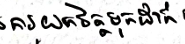
ការយកចិត្តទុកដាក់